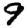
Digit: 9